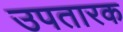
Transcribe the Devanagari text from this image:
उपतारक